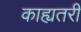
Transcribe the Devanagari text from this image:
काह्यतरी